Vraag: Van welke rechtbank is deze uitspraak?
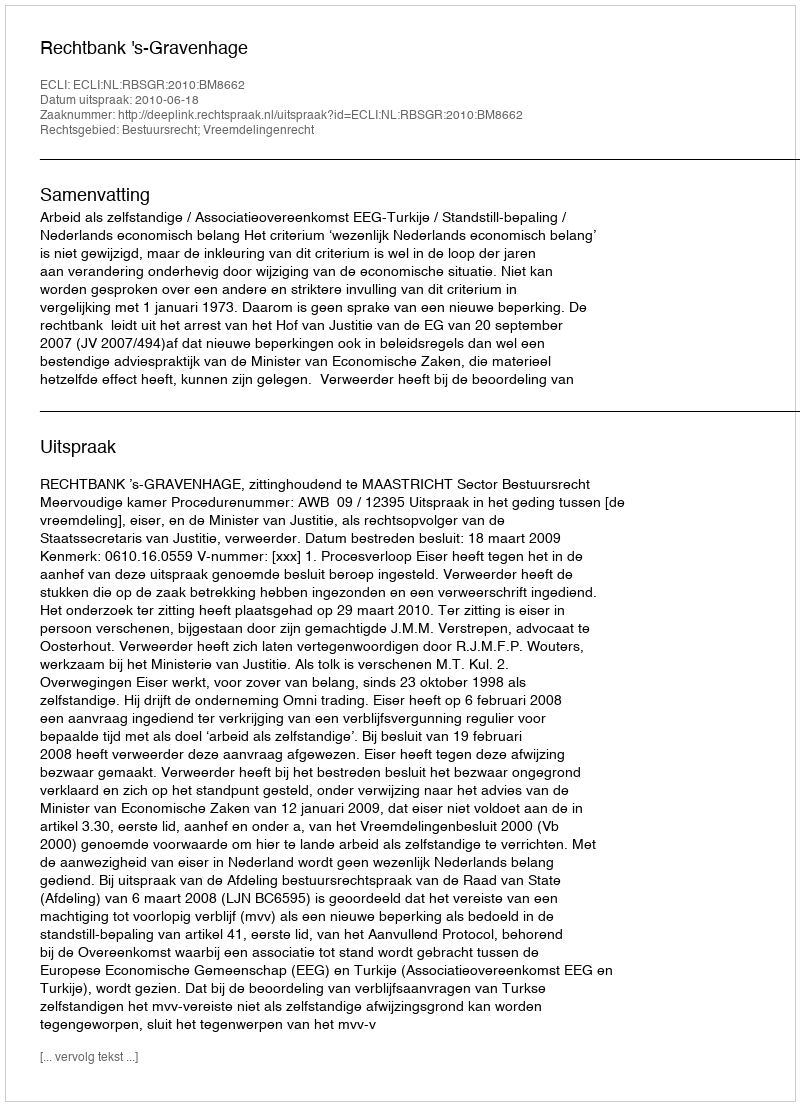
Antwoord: Rechtbank 's-Gravenhage